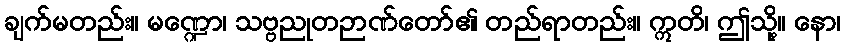
ချက်မတည်း။ မဏ္ဍော၊ သဗ္ဗညုတဉာဏ်တော်၏ တည်ရာတည်း။ ဣတိ၊ ဤသို့။ နော၊